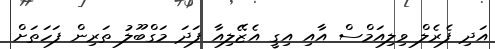
އަދި ފެރެލް ވިލިއަމްސް އާއި އިގީ އެޒޭލިއާ ފަދަ މަގްބޫލު ތަރިން ފަހަތަށް